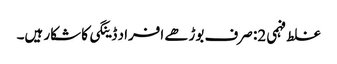
غلط فہمی 2: صرف بوڑھے افراد ڈینگی کا شکار ہیں۔